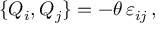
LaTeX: \{ Q _ { i } , Q _ { j } \} = - \theta \, \varepsilon _ { i j } \, ,